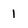
Character: 1